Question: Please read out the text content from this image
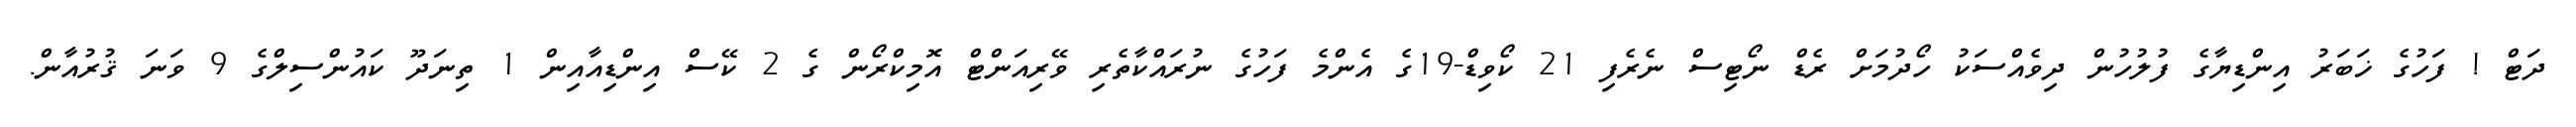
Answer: ދަޓް ! ފަހުގެ ޚަބަރު އިންޑިޔާގެ ފުލުހުން ދިވެއްސަކު ހޯދުމަށް ރެޑް ނޯޓިސް ނެރެފި 21 ކޯވިޑް-19ގެ އެންމެ ފަހުގެ ނުރައްކާތެރި ވޭރިއަންޓް އޮމިކްރޯން ގެ 2 ކޭސް އިންޑިއާއިން 1 ތިނަދޫ ކައުންސިލްގެ 9 ވަނަ ޤުރުއާން.